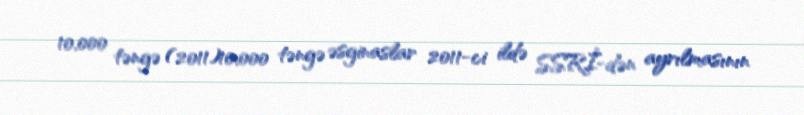
10,000 təngə (2011)10,000 təngə əsginaslar 2011-ci ildə SSRİ-dən ayrılmasının